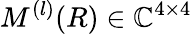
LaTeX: M^{(l)}(R)\in\mathbb{C}^{4\times 4}